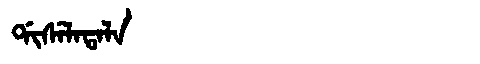
Manchu: ᡩᡳᠰᡝᠯᠠᡨᠠᠯᠠ
Romanization: DISELATALA